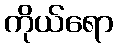
ကိုယ်ရော